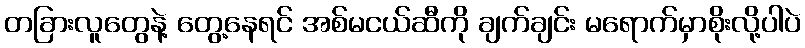
တခြားလူတွေနဲ့ တွေ့နေရင် အစ်မငယ်ဆီကို ချက်ချင်း မရောက်မှာစိုးလို့ပါပဲ